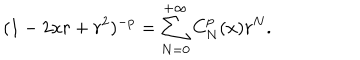
( 1 - 2 x r + r ^ { 2 } ) ^ { - p } = \sum _ { N = 0 } ^ { + \infty } C _ { N } ^ { p } ( x ) r ^ { N } .